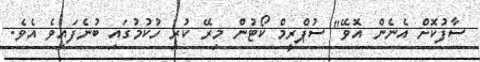
ސާފުކޮށް އެނެން އޮވޭ" ސުޕްރީމް ކޯޓުން މިރޭ ކުރި ހުކުމުގައި ބުނެފައިވެ އެވެ.